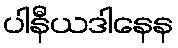
ပါနီယဒါနေန